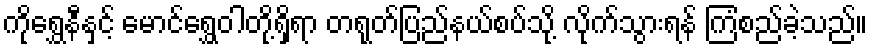
ကိုရွှေနီနှင့် မောင်ရွှေဝါတို့ရှိရာ တရုတ်ပြည်နယ်စပ်သို့ လိုက်သွားရန် ကြံစည်ခဲ့သည်။